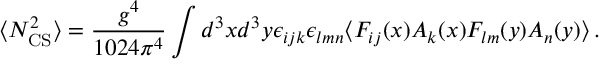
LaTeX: \langle N _ { \mathrm { C S } } ^ { 2 } \rangle = \frac { g ^ { 4 } } { 1 0 2 4 \pi ^ { 4 } } \int d ^ { 3 } x d ^ { 3 } y \epsilon _ { i j k } \epsilon _ { l m n } \langle F _ { i j } ( x ) A _ { k } ( x ) F _ { l m } ( y ) A _ { n } ( y ) \rangle \, .